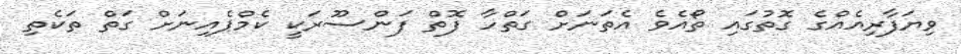
ވިޔަފާރިއެއްގެ ގޮތުގައި ތޯއެވެ އެތަނަށް ގަތްހާ ފޮތް ފަންސޫރަކީ ކެމްޕެއިނަށް ގަތް ތަކެތި